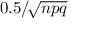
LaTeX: \textstyle { 0 . 5 } / \! { \sqrt { n p q } }